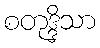
စတုဒ္ဒိသာ